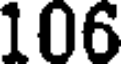
106